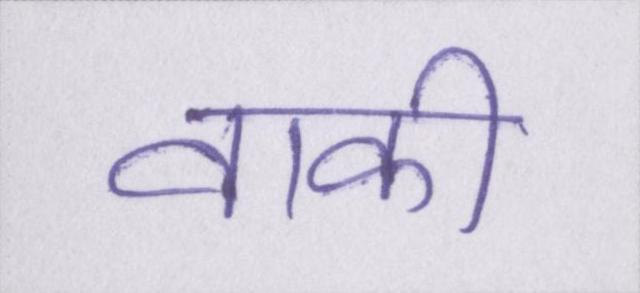
वाकी